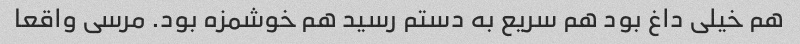
هم خیلی داغ بود هم سریع به دستم رسید هم خوشمزه بود. مرسی واقعا